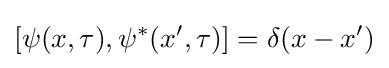
[\psi (x,\tau ),\psi ^{*}(x',\tau )]=\delta (x-x')